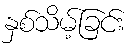
နှစ်သိမ့်ခြင်း